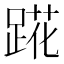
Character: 𬦷